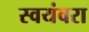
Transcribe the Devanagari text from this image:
स्वयंवरा